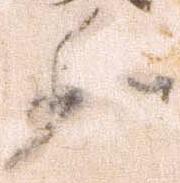
向